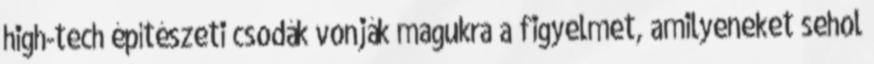
high-tech építészeti csodák vonják magukra a figyelmet, amilyeneket sehol